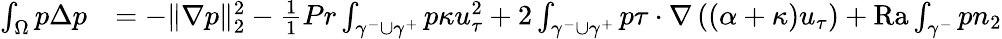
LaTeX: \begin{array}{rl}{\int_{\Omega}p\Delta p}&{=-\| \nabla p\| _{2}^{2}-\frac{1}{1}{{Pr}}\int_{\gamma^{-}\cup\gamma^{+}}p\kappa u_{\tau}^{2}+2\int_{\gamma^{-}\cup\gamma^{+}}p\tau\cdot\nabla\left((\alpha+\kappa)u_{\tau}\right)+{\mathrm{Ra}}\int_{\gamma^{-}}pn_{2}}\end{array}